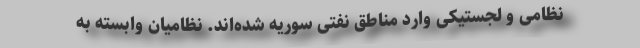
نظامی و لجستیکی وارد مناطق نفتی سوریه شده‌اند. نظامیان وابسته به